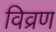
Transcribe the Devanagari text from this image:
विव्रण